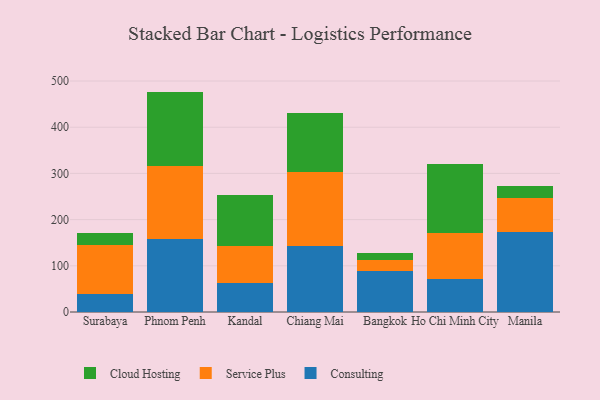
{"axis": {"x": "City", "y": "Operating Costs (USD K)"}, "legend": ["Cloud Hosting", "Consulting", "Service Plus"], "data": [{"x": "Surabaya", "y": 38.8, "type": "Consulting"}, {"x": "Surabaya", "y": 107.0, "type": "Service Plus"}, {"x": "Surabaya", "y": 25.6, "type": "Cloud Hosting"}, {"x": "Phnom Penh", "y": 157.2, "type": "Consulting"}, {"x": "Phnom Penh", "y": 158.5, "type": "Service Plus"}, {"x": "Phnom Penh", "y": 161.4, "type": "Cloud Hosting"}, {"x": "Kandal", "y": 63.1, "type": "Consulting"}, {"x": "Kandal", "y": 80.7, "type": "Service Plus"}, {"x": "Kandal", "y": 110.1, "type": "Cloud Hosting"}, {"x": "Chiang Mai", "y": 143.7, "type": "Consulting"}, {"x": "Chiang Mai", "y": 160.1, "type": "Service Plus"}, {"x": "Chiang Mai", "y": 126.0, "type": "Cloud Hosting"}, {"x": "Bangkok", "y": 89.2, "type": "Consulting"}, {"x": "Bangkok", "y": 22.4, "type": "Service Plus"}, {"x": "Bangkok", "y": 15.6, "type": "Cloud Hosting"}, {"x": "Ho Chi Minh City", "y": 71.8, "type": "Consulting"}, {"x": "Ho Chi Minh City", "y": 98.7, "type": "Service Plus"}, {"x": "Ho Chi Minh City", "y": 150.5, "type": "Cloud Hosting"}, {"x": "Manila", "y": 172.5, "type": "Consulting"}, {"x": "Manila", "y": 75.2, "type": "Service Plus"}, {"x": "Manila", "y": 24.6, "type": "Cloud Hosting"}]}